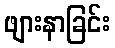
ဖျားနာခြင်း